Vaccine operations Central Provinces 1886-1899 - 1886-1899
Year: 1886
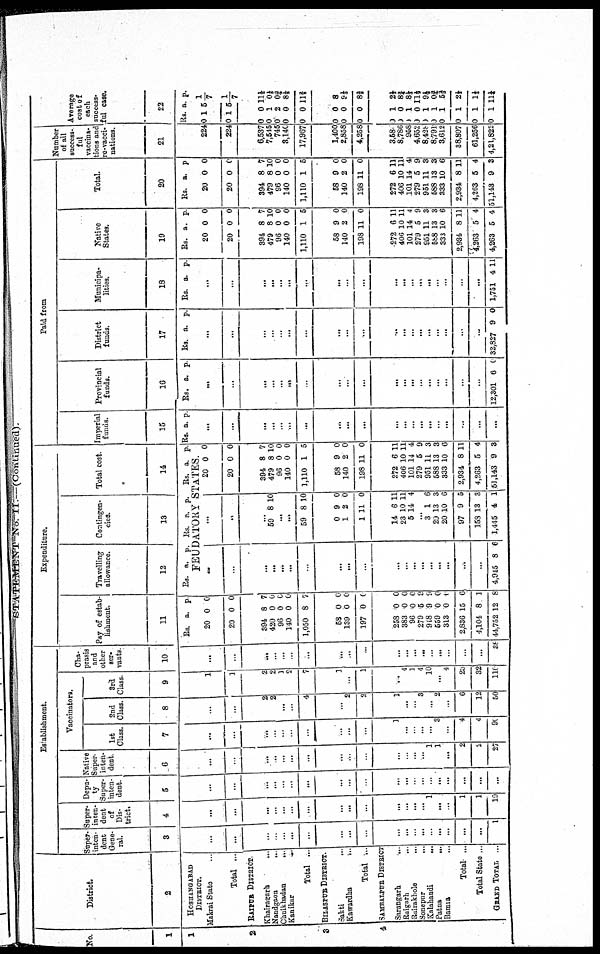
STATEMENT No. II.— (Continued).
No.
1
1
2
3
4
District.
2
HOSHANGABAD
DISTRICT
Makrai State ...
Total ...
RAIPUR DISTRICT.
Khairagarh ...
Nandgaon ...
Chuikhadan ...
Kanikar
...
Total ...
BILASPUR DISTRICT.
Sakti
...
Kawardha
...
Total ...
SAMBALPUR DISTRICT
Sarangarh ...
Raigarh ...
Rairakhole
...
Sonepur
...
Kalahandi
…
Patna
...
Bamia
...
Total ...
Total State ...
GRAND TOTAL . ...
Establishment.
Super¬
inten¬
dent
Gene
ral.
3
...
...
...
...
...
...
...
...
...
...
...
...
...
...
…
…
...
...
...
1
Super¬
inten
dent
of
Dis
trict.
4
...
...
...
...
...
...
...
...
...
...
...
...
...
...
1
…
...
1
1
19
Depu¬
ty
Super¬
inten¬
dent.
5
...
...
...
...
...
...
...
...
...
...
...
...
...
...
...
...
...
...
...
...
Native
Super¬
inten¬
dent.
6
...
...
...
...
...
...
...
...
...
...
...
...
...
...
1
1
...
2
2
27
Vaccinators.
1st
Class.
7
...
...
...
...
...
...
...
...
...
...
1
...
...
...
...
3
...
4
4
90
2nd
Class.
8
...
...
2
2
...
...
4
...
2
2
1
...
...
3
…
2
...
6
12
50
3rd
Class.
9
1
1
2
2
1
2
7
1
...
1
...
4
1
4
10
…
4
23
32
110
Cha¬
Prasis
and
other
ser¬
vants.
10
...
...
...
...
...
...
...
...
...
...
...
...
...
...
…
…
...
...
...
38
Expenditure.
Pay of estab
lishment.
11
Rs. a. p.
20
20
0
0
0
0
394
420
96
140
1,050
58
139
197
8
0
0
0
8
0
0
0
7
0
0
0
7
0
0
0
258
383
96
279
948
559
313
2,836
4,104
44,752
0
0
0
5
9
0
0
15
8
12
0
0
0
9
9
0
0
6
1
8
Travelling
allowance.
12
Rs.
a. p.
Contingen
cies.
13
Rs. a. p.
Total cost.
14
Rs. a. p.
FEUDATORY STATES.
...
...
...
...
...
...
...
...
...
...
...
...
...
...
…
....
...
...
...
4,945 8 6
...
...
...
59 8 10
...
...
59 8 10
0
1
1
9
2
11
0
0
0
14
23
6
6
10
14
11
11
4
...
3
20
20
97
158
1,445
1
13
10
9
13
4
6
3
6
5
3
1
20
20
0
0
0
0
394
479
96
140
1,110
8
8
0
0
1
7
10
0
0
5
58
140
198
9
2
11
0
0
0
272
406
101
279
951
588
333
2,934
4,263
51,143
6
10
14
5
11
13
10
8
5
9
11
11
4
9
3
3
6
11
4
3
Paid from
Imperial
funds.
15
Rs. a. p.
...
...
...
...
...
...
...
...
...
...
...
...
...
...
…
…
...
...
...
...
Provincial
funds.
16
Rs. a. p.
...
...
...
...
...
...
...
...
...
...
...
...
...
...
…
…
...
...
...
12,301 6 0
District
funds.
17
Rs. a. p.
...
...
...
...
...
...
...
...
...
...
...
...
...
...
...
...
...
...
...
32,827 9 0
Municipa
lities.
18
Rs. a. p.
...
...
...
...
...
...
...
...
...
...
...
...
...
...
…
...
...
...
...
1,751 4 11
Native
States.
19
Rs. a. p.
20
20
0
0
0
0
394
479
96
140
1,110
8
8
0
0
1
7
10
0
0
5
58
140
198
9
2
11
0
0
0
272
406
101
279
951
588
333
2,934
4,263
4,263
6
10
14
5
11
13
10
8
5
5
11
11
4
9
3
3
6
11
4
4
Total.
20
Rs. a. p.
20
20
0
0
0
0
394
479
96
140
1,110
8
8
0
0
1
7
10
0
0
5
58
140
198
9
2
11
0
0
0
272
406
101
279
951
588
333
2,934
4,263
51,143
6
10
14
5
11
13
10
8
5
9
11
11
4
9
3
3
6
11
4
3
Number
of all
success
ful
vaccina
tions and
re-vacci
nations.
21
224
224
6,537
7,545
745
8,140
17,967
1,400
2,858
4,258
3,58
8,786
958
4,652
8,4,28
8,791
3,612
38,807
61,256
4,21,822
Average
cost of
each
success¬
ful case.
22
Rs. a. p.
0
0
1
1
5 1/7
5 1/7
0
0
0
0
0
0
1
2
0
0
11½
0 1/8
0¾ 8½
11⅔
0
0
0
0
0
0
8
9⅓
8⅔
0
0
0
0
0
0
0
0
0
0
1
0
1
0
1
1
1
1
1
1
2½
8¾
8⅓
11½
9½
0¾
5⅔
2½
1⅓
11½